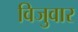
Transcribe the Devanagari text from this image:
विजुवार